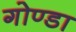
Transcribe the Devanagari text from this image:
गोण्‍डा